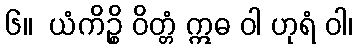
၆။  ယံကိဉ္စိ ဝိတ္တံ ဣဓ ဝါ ဟုရံ ဝါ၊